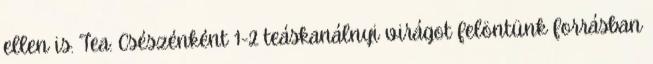
ellen is. Tea: Csészénként 1-2 teáskanálnyi virágot felöntünk forrásban